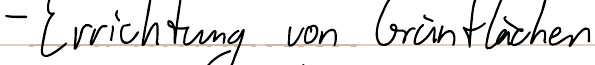
- Errichtung von Grünflächen